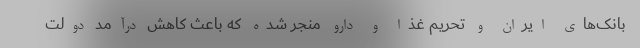
بانک‌های ایران و تحریم غذا و دارو منجر شده که باعث کاهش درآمد دولت